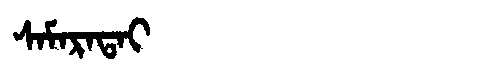
Manchu: ᠰᠠᠮᠠᡵᠠᡨᠠᡳ
Romanization: SAMARATAI